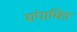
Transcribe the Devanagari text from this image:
संपाचित्र